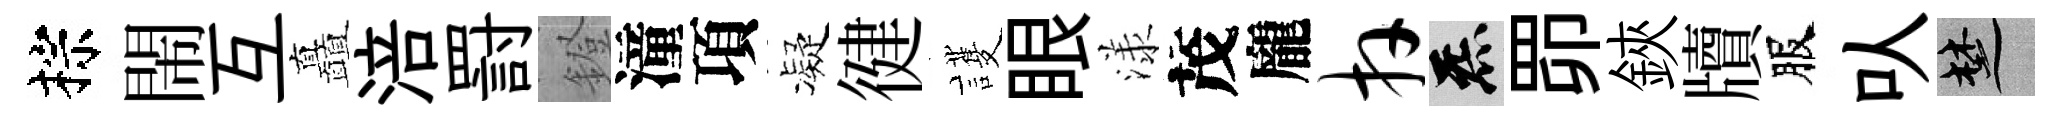
棕閙互矗涪罸鐙潼項凝徤護眼漾茂龐卉炁𦊑鋏牘服㕥楚